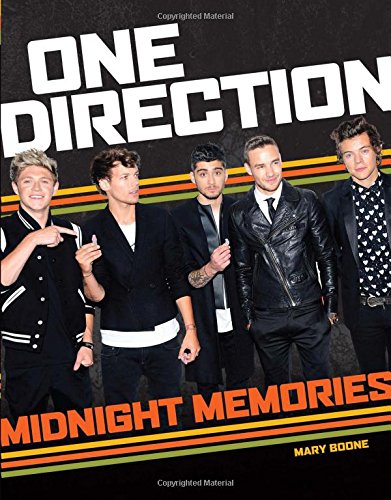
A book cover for One Direction: Midnight Memories; Triumph Books; Teen & Young Adult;